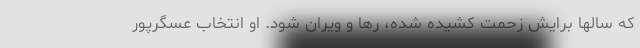
که سالها برایش زحمت کشیده شده، رها و ویران شود. او انتخاب عسگرپور